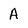
Character: A